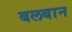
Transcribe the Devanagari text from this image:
बलबान